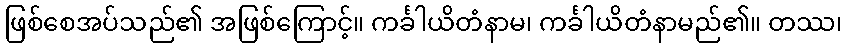
ဖြစ်စေအပ်သည်၏ အဖြစ်ကြောင့်။ ကင်္ခါယိတံနာမ၊ ကင်္ခါယိတံနာမည်၏။ တဿ၊